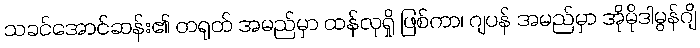
သခင်အောင်ဆန်း၏ တရုတ် အမည်မှာ ထန်လုရှို ဖြစ်ကာ၊ ဂျပန် အမည်မှာ အိုမိုဒါမွန်ဂျိ